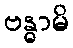
ဗန္ဓာမိ